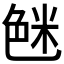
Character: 𱽉